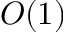
O ( 1 )